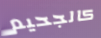
كالجحيم